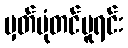
မှတ်ပုံတင်မူရင်း